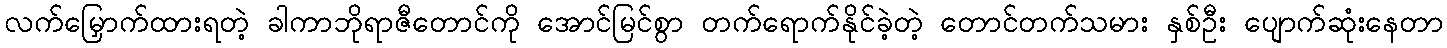
လက်မြှောက်ထားရတဲ့ ခါကာဘိုရာဇီတောင်ကို အောင်မြင်စွာ တက်ရောက်နိုင်ခဲ့တဲ့ တောင်တက်သမား နှစ်ဦး ပျောက်ဆုံးနေတာ